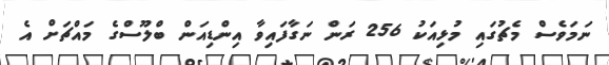
ނަމަވެސް މެޗުގައި މުޅިއަކު 256 ރަން ނަގާފައިވާ އިންޑިއަން ބްލޫސްގެ މައްޗަށް އެ